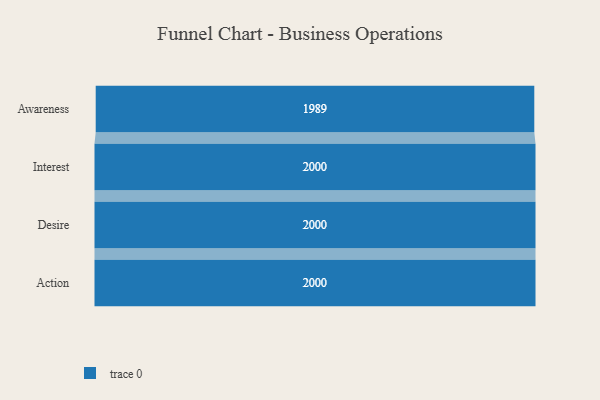
{"axis": {"x": "Stage", "y": "Value"}, "legend": [""], "data": [{"x": "Awareness", "y": 1989.0, "type": ""}, {"x": "Interest", "y": 2000, "type": ""}, {"x": "Desire", "y": 2000, "type": ""}, {"x": "Action", "y": 2000, "type": ""}]}